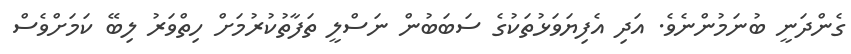
ގެންދަނީ ބުނަމުންނެވެ. އަދި އެފިޔަވަޅުތަކުގެ ސަބަބުން ނަސްލީ ތަފާތުކުރުމަށް ހިތްވަރު ލިބޭ ކަަމަށްވެސް